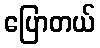
ပြောတယ်